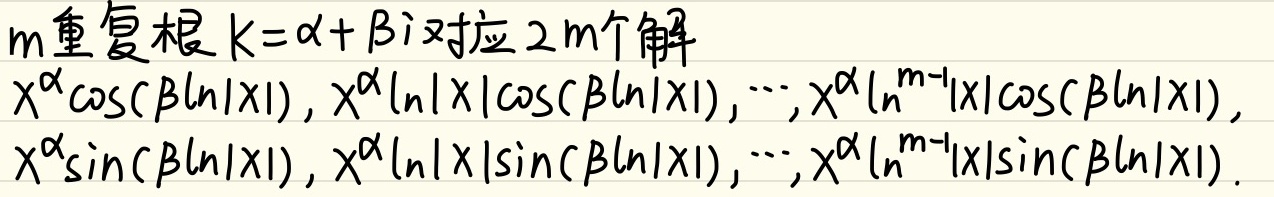
$m$重复根$k = \alpha+\beta i$对应$2m$个解：
$x^{\alpha}\cos(\beta\ln|x|),x^{\alpha}\ln|x|\cos(\beta\ln|x|),\cdots,x^{\alpha}\ln^{m - 1}|x|\cos(\beta\ln|x|),$
$x^{\alpha}\sin(\beta\ln|x|),x^{\alpha}\ln|x|\sin(\beta\ln|x|),\cdots,x^{\alpha}\ln^{m - 1}|x|\sin(\beta\ln|x|)$。